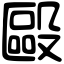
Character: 毆